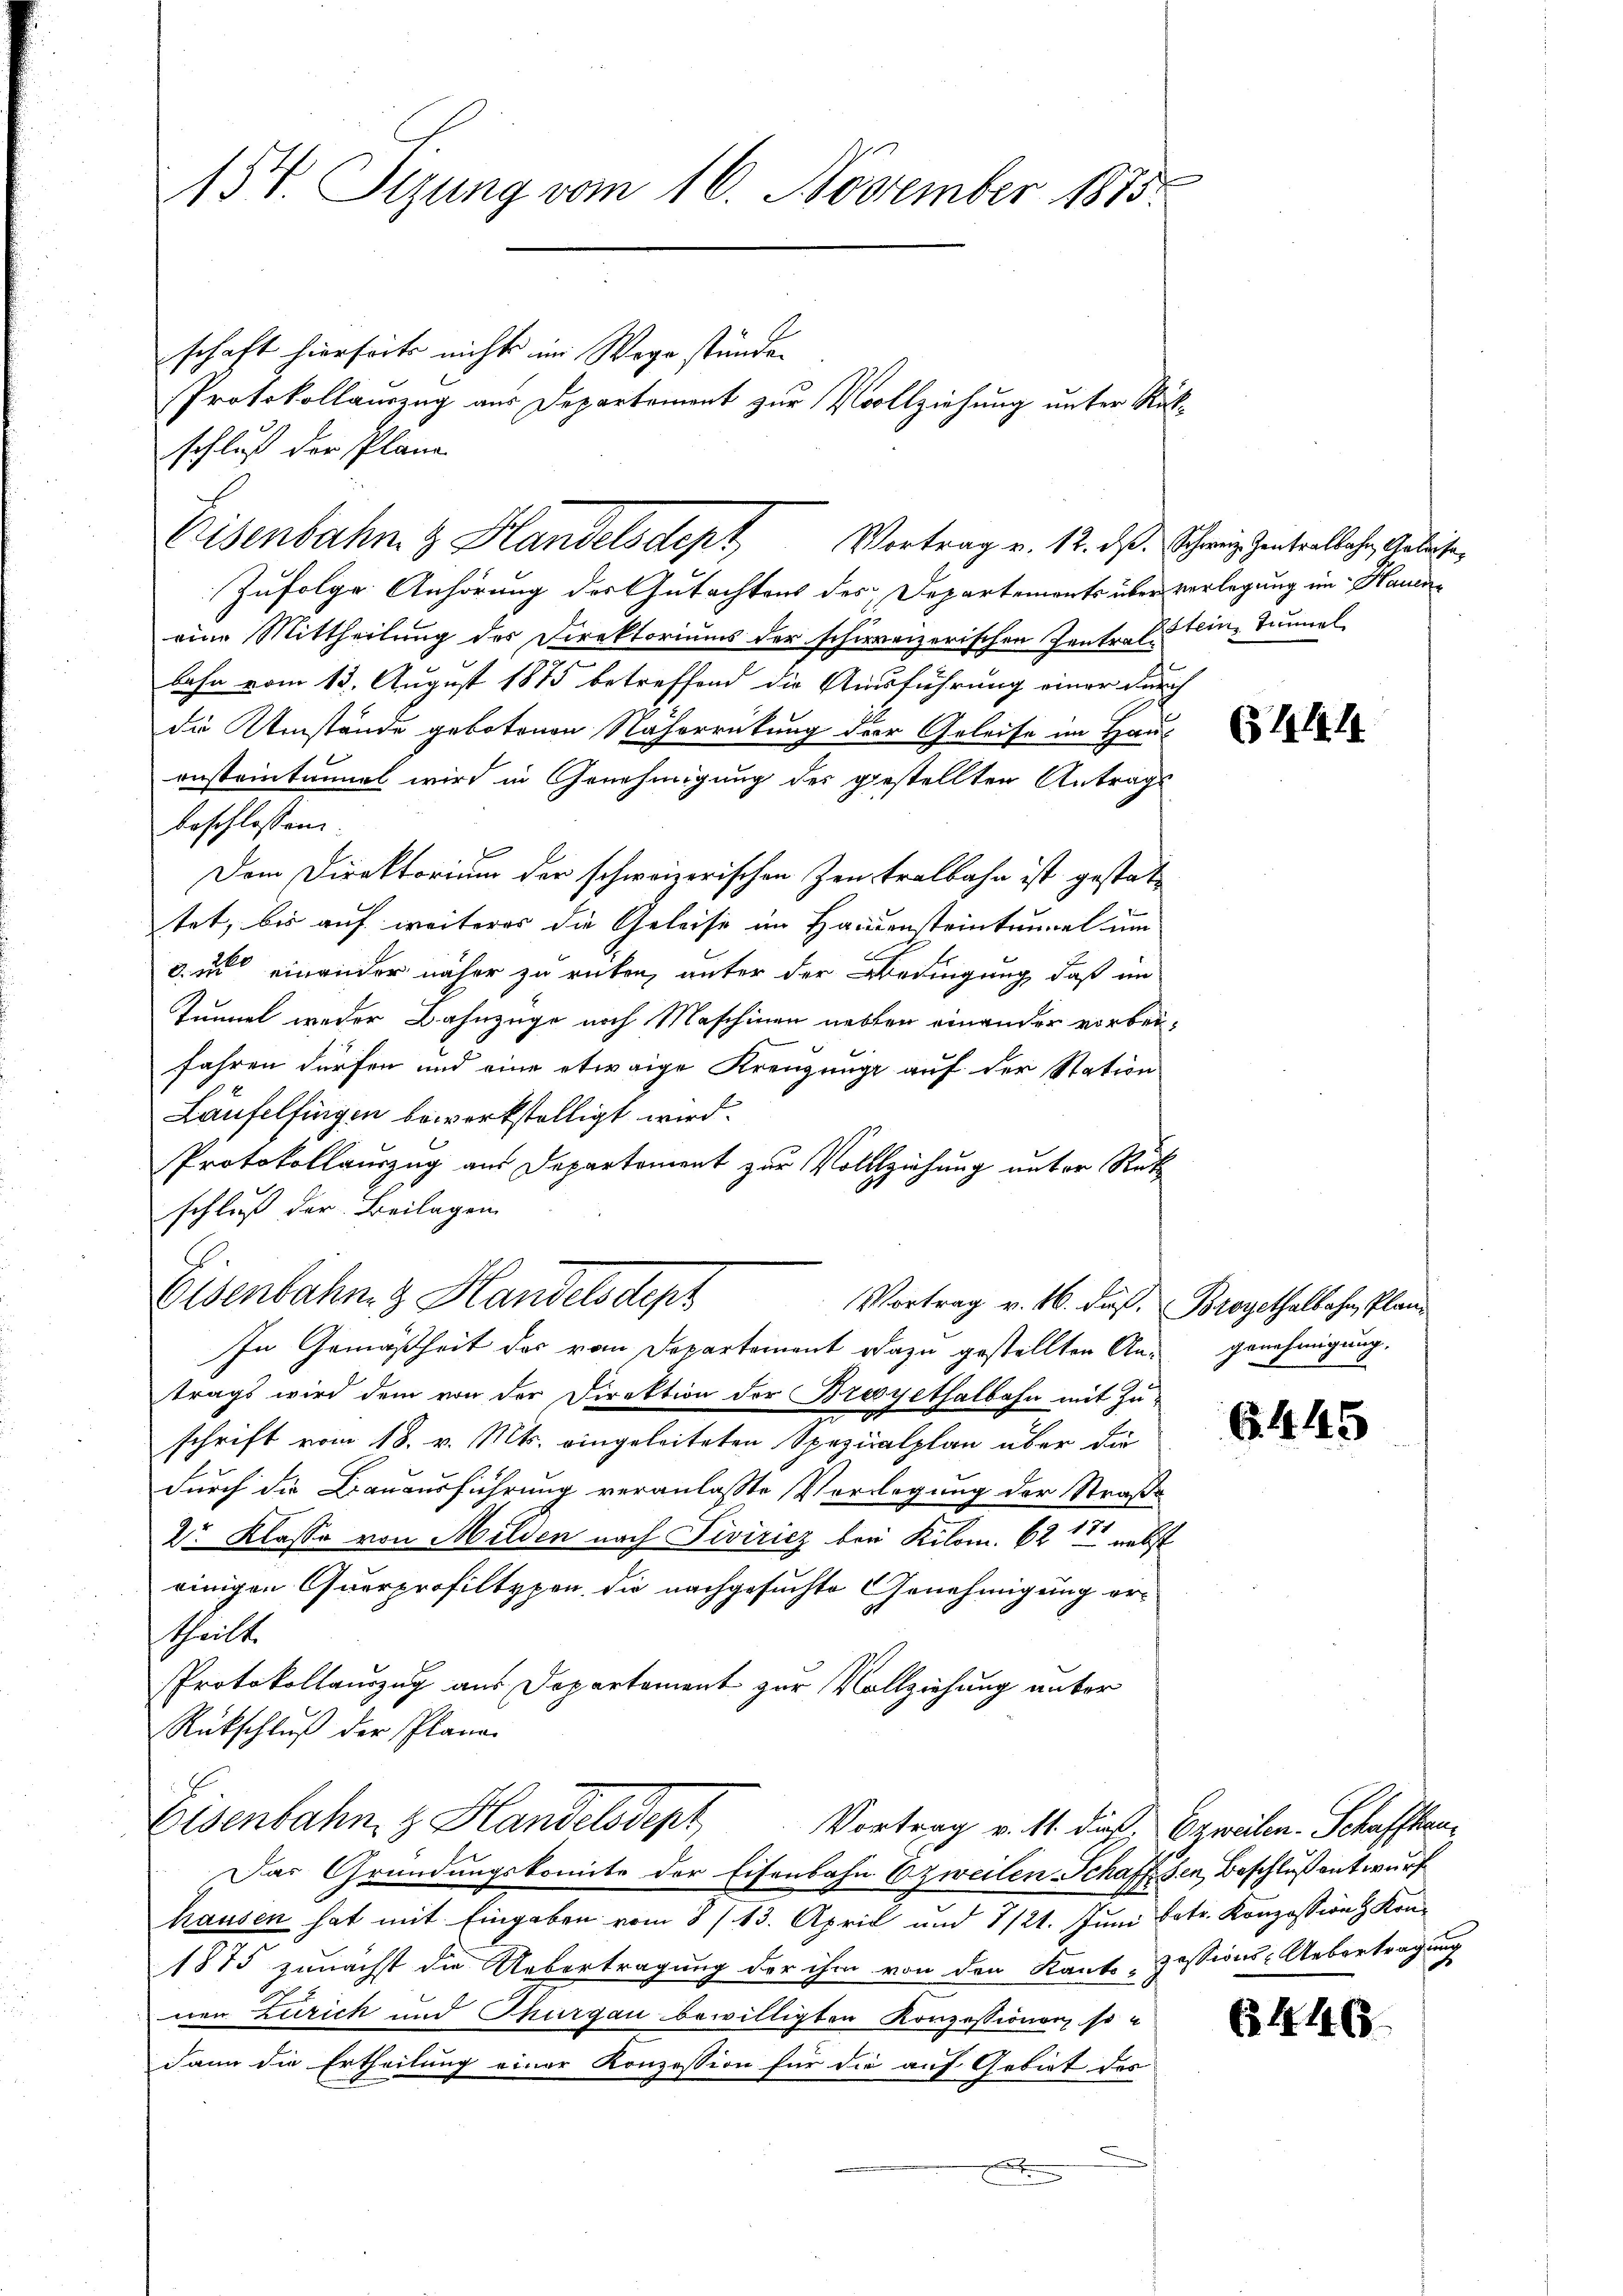
154. Sizung vom 16. November 1815.

schaft hierseits nicht im Wege stünden
Zufolge Anhörung des Gutachtens des Departements über verlegung im Haueneine Mittheilung der Direktoriums der schweizerischen Zentrals ein Tunnel
bahn vom 13. August 1875 betreffend die Ausführung einer die
die Umstände gebotenen Näherrückung der Geleise im Haus
onsteintumel wird in Genehmigung des gestellten Antrags
beschlossen:
Dem Direktorium der schweizerischen Zentralbahn ist gestattet, bis auf weiteres die Geleise im Handensteintunal um
d. in einander näher zu reten, unter der Bedingung, daß im
Tunnel weder Bahnzüge noch Maschinen nebten einander vorbeifahren dürfen und eine etwaige Kreuzunge auf der Station
Läufelfingen bewerkstelligt wird.
Protokollauszug aus Departement zur Vollziehung unter Rück
schluß der Beilagen
Eisenbahn & Handelsdept
Vortrag v. 16. dieß. Brogethalbahn, Plan¬
In Gemäßheit des vom Departement dazu gestellten An- genehmigung.
trags wird dem von der Direktion der Brosgethalbahn mit Zuschrift vom 18. v. Mts. eingeleiteten Spezialplan über die
durch die Bauausführung veranlasste Vorlegung der Straße
2r Klasse von Milden nach Tiviricz bei Kilom. 621 nebst
einigen Querprofiltypen, die nachgesuchte Genehmigung ertheilt.
Protokollauszug aus Departement zur Vollziehung unter
Rückschluß der Plana¬
Eisenbahn & Handelsdept
Vortrag v. 11. dieß. Erweilen. Schaffhau¬
Das Gründungskomite der Eisenbahn E zweilen Schaff den Beschluß entwurf
hausen hat mit Eingaben vom 8/13. April und 7/21. Juni betr. Konzession z. Kon¬
1875 zunächst die Uebertragung der ihm von den Kanto-Zessions-Uebertragung
nen Zürich und Thurgau bewilligten Konzessionen, so
dann die Ertheilung einer Konzession für die auf Gebiet des

Protokollauszug aus Departement zur Vollziehung unter Rük¬

schluß der Plane
Eisenbahn & Handelsdept Vortrag v. 12. ds.

Schweiz Zentralbahn, Geleise,

6444

6445

1

6446